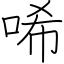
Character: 唏